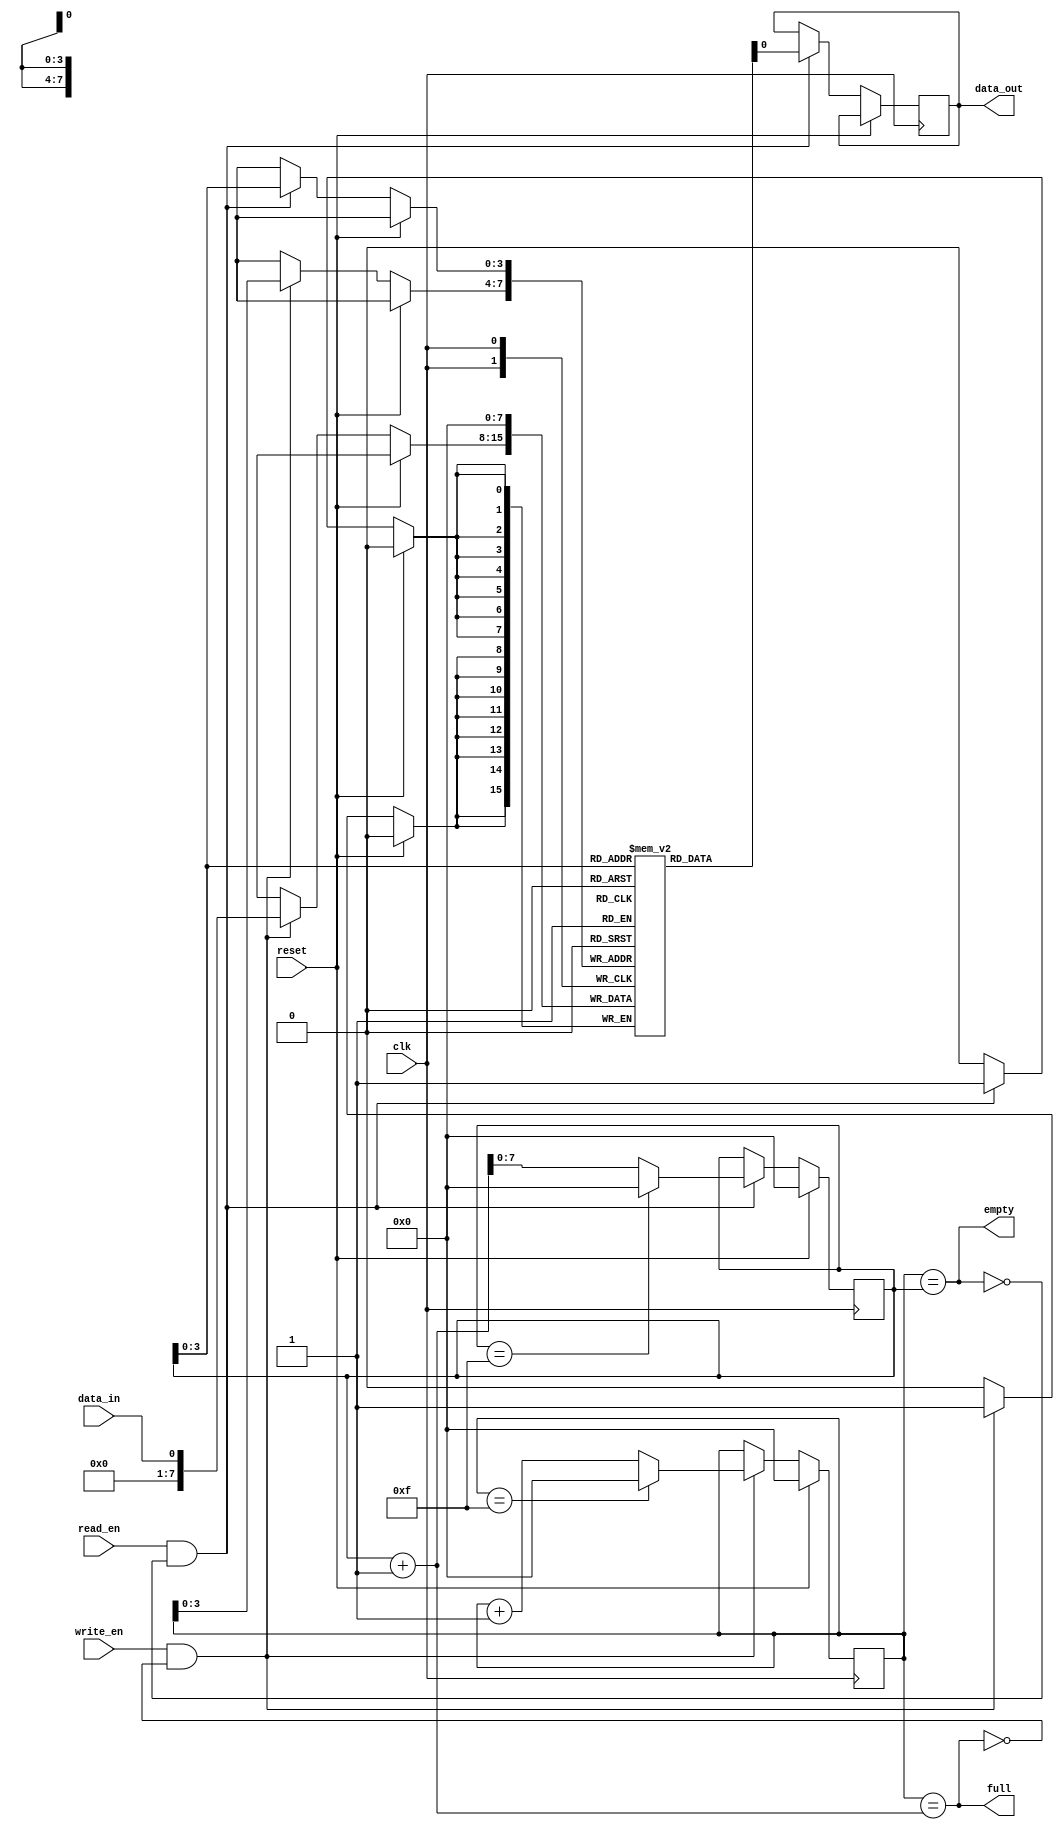
module FIFO (
    input wire clk,           // Clock signal
    input wire reset,         // Reset signal
    input wire write_en,      // Write enable signal
    input wire read_en,       // Read enable signal
    input wire data_in,       // Data input signal
    output reg data_out,      // Data output signal
    output reg full,          // Full flag indicating FIFO is full
    output reg empty          // Empty flag indicating FIFO is empty
);

parameter WIDTH = 8;         // Data width of the FIFO buffer
parameter DEPTH = 16;        // Depth of the FIFO buffer

reg [WIDTH-1:0] buffer [DEPTH-1:0];   // Data buffer
reg [WIDTH-1:0] read_ptr, write_ptr;  // Read and write pointers

// Synchronous write operation
always @(posedge clk) begin
    if (reset) begin
        write_ptr <= 0;
    end else if (write_en && !full) begin
        buffer[write_ptr] <= data_in;
        write_ptr <= write_ptr + 1;
        if (write_ptr == DEPTH - 1) begin
            write_ptr <= 0;
        end
    end
end

// Synchronous read operation
always @(posedge clk) begin
    if (reset) begin
        read_ptr <= 0;
    end else if (read_en && !empty) begin
        data_out <= buffer[read_ptr];
        buffer[read_ptr] <= 0;
        read_ptr <= read_ptr + 1;
        if (read_ptr == DEPTH - 1) begin
            read_ptr <= 0;
        end
    end
end

// Update full and empty flags
always @* begin
    full = (write_ptr == read_ptr + 1);
    empty = (write_ptr == read_ptr);
end

endmodule